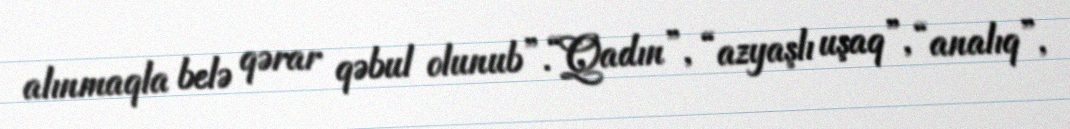
alınmaqla belə qərar qəbul olunub”.“Qadın”, “azyaşlı uşaq”, “analıq”,